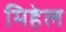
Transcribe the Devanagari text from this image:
मिहेल